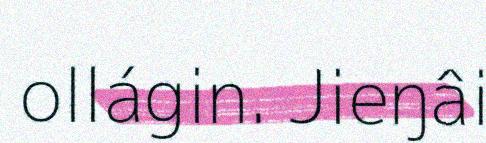
ollágin. Jieŋâi